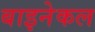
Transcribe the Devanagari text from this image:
बाइनेकल